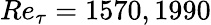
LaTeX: Re_{\tau}=1570,1990